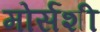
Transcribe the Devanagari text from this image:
मोर्सशी